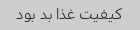
کیفیت غذا بد بود